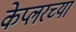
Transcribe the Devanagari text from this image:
केप्लरच्या